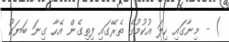
) - މިނާގައި ހިލަ އުކުމުގެ ތެރޭގައި ފިތިގެން އެހާ ގިނަ ބަޔަކު